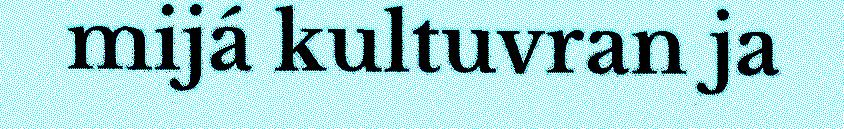
mijá kultuvran ja